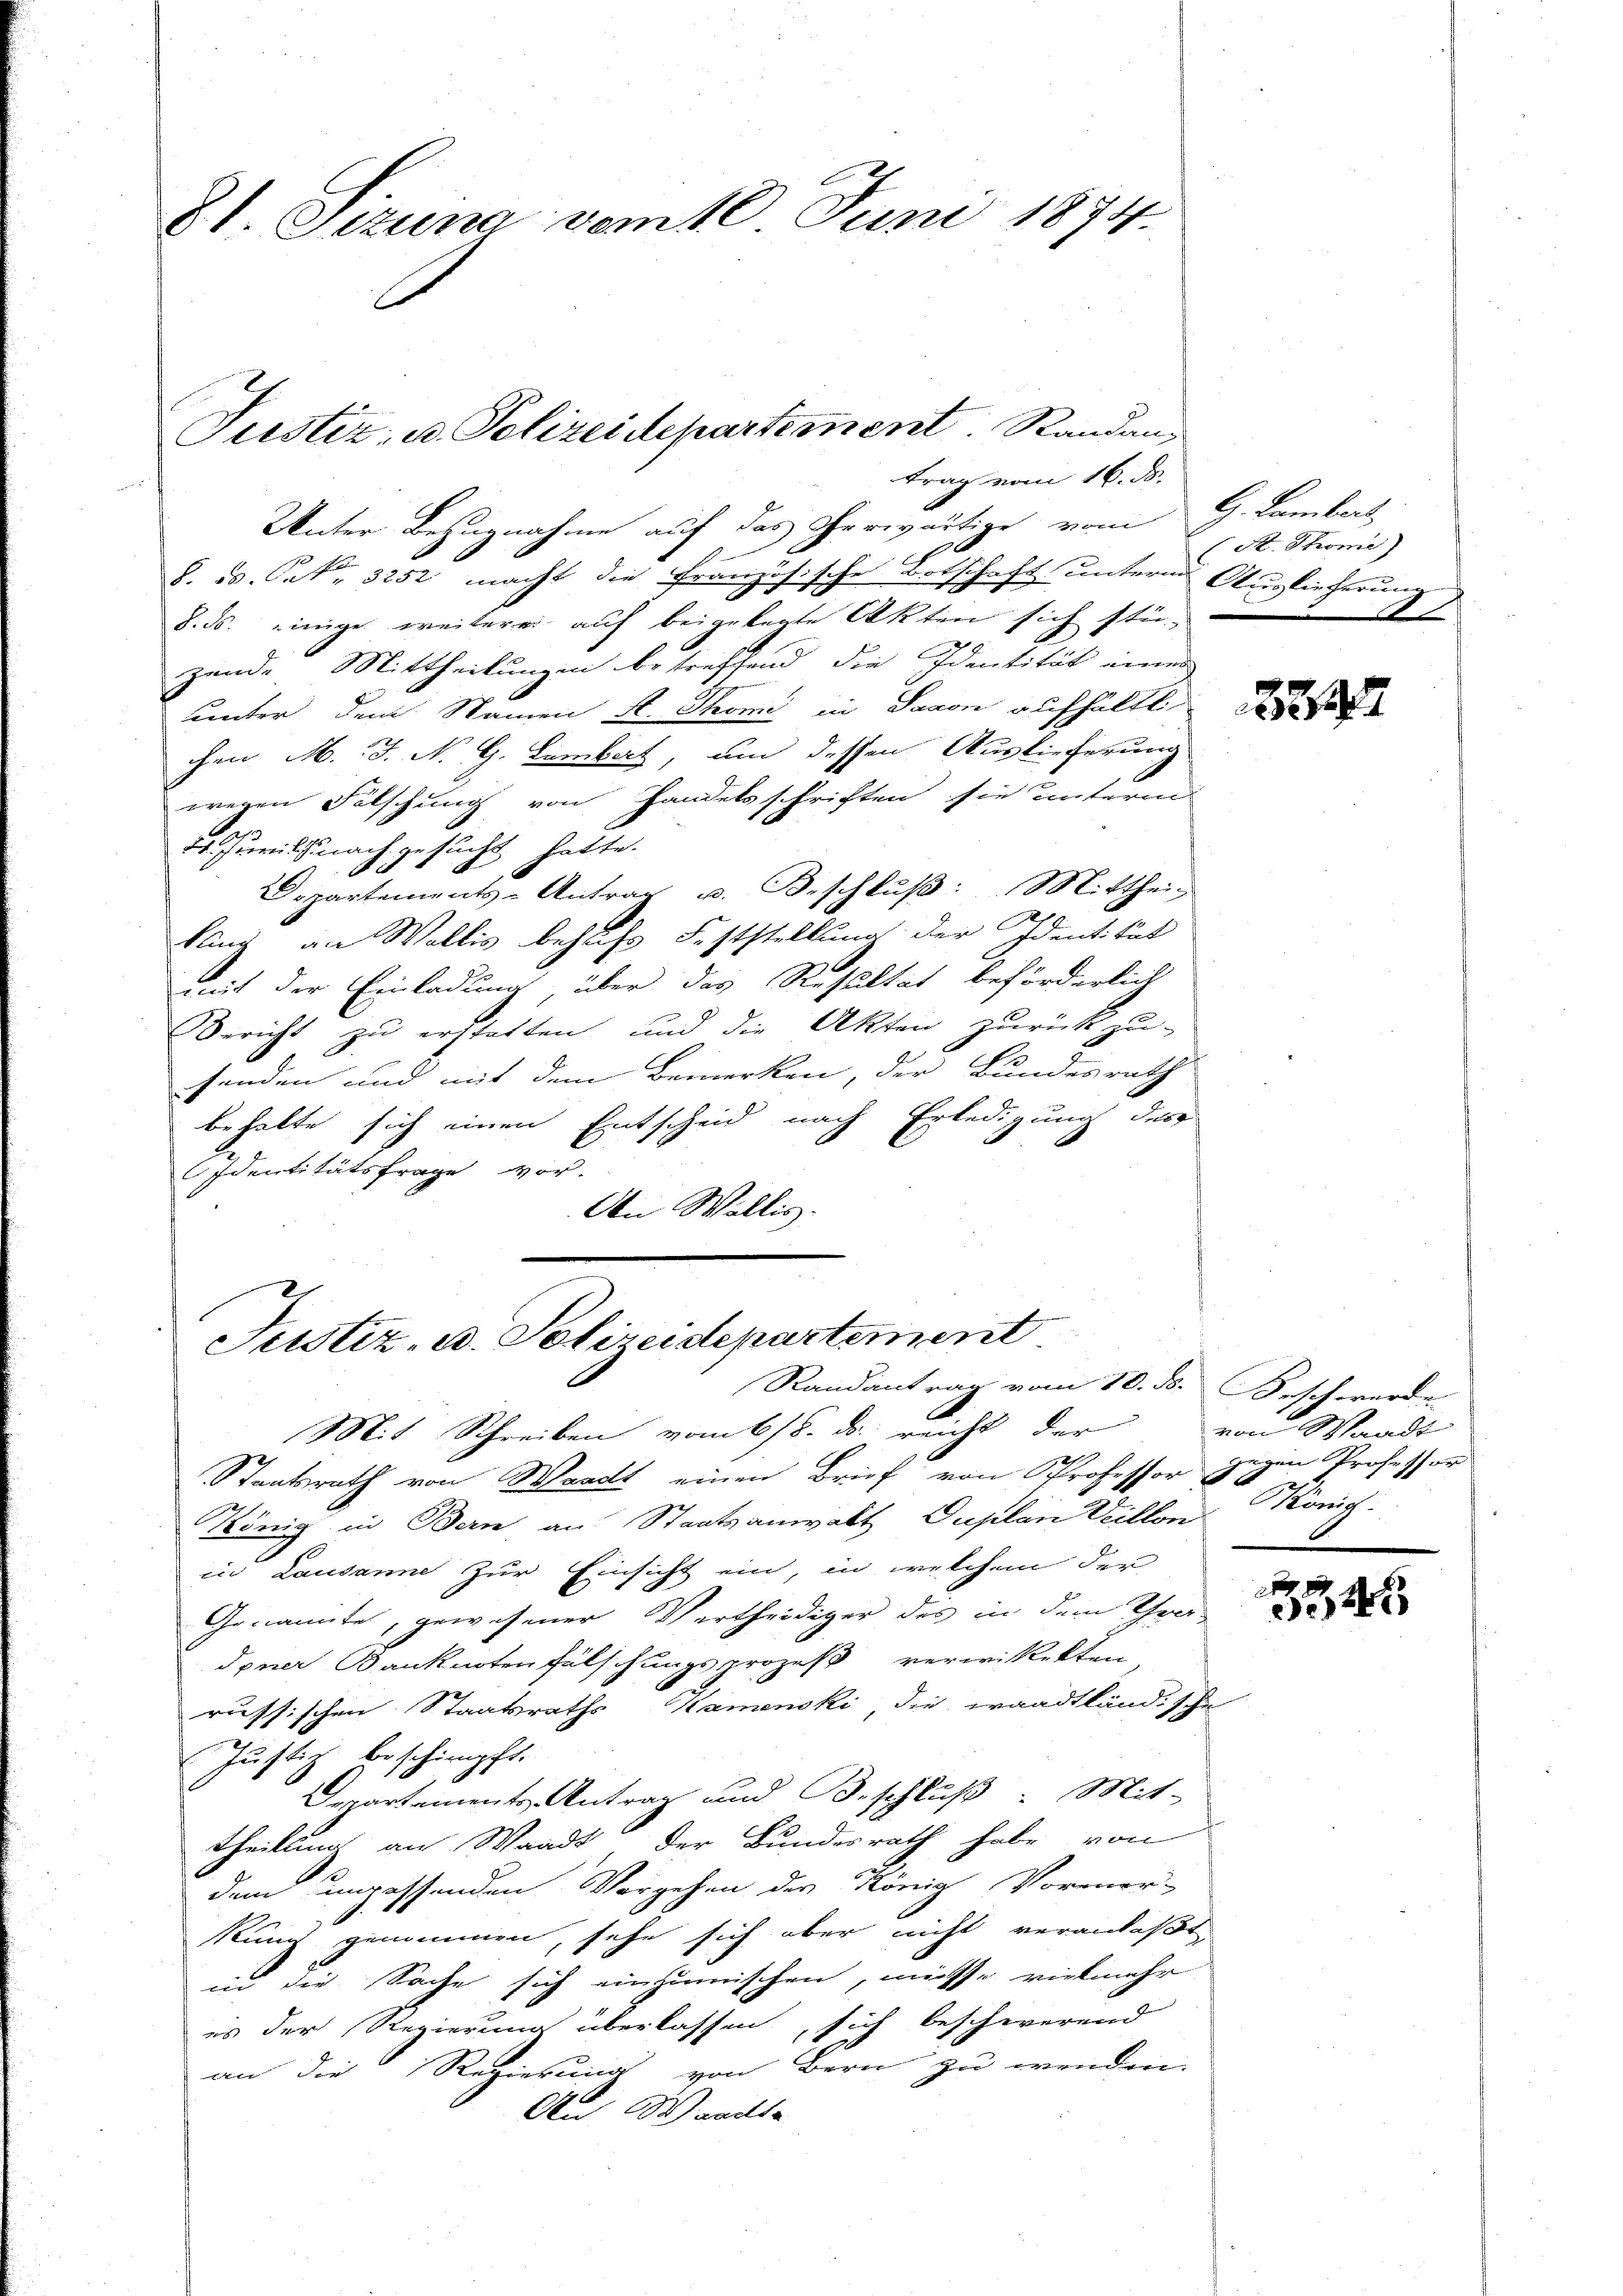
81. Sizina vom 18 Juni 1874.

Unter Bezugnahme auf das erwärtige vom St. Thoni
§. 5. Jak. 3252 macht die französische Botschaft untern Auslieferung
8. ds. einige weiterer auf beigelegte Akten sich stü-
zende Mittheilungen betreffend die Identität einen
unter dem Namen K. Thomi in Saxon aufhältli
chen M. J. N. G. Lembert, um dessen Auslieferung
wegen Fälschung von Handelsschriften sie unterm
4. Juris nach gesucht hatte.
Departements-Antrag u. Beschluß: Mittheil
lang an Wallis behufs Feststellung der Identität
mit der Einladung über das Resultat beförderlich
Bericht zu erstatten, und die Akten zurückzu-
senden und mit dem Bemerken, der Bundesrath
behalte sich einen Entscheid nach Erledigung des
Identitätsfrage vor.
An Wallis.

Justiz- u. Polizeidepartement. Randantrag vom 16. ds.

Justiz, u. Polizeidepartement
Randantrag vom 10. ds. Beschwerde

G. Lambert,
.

Mit Schreiben vom 618. ds. reicht der
Staatsrath von Waadt einen Brief von Professor gegen Professor
König in Bern an Staatsanwalt Duplan Villon König.
in Lausanne zur Einsicht ein, in welchem der
Genannte, gewesener Vertheidiger des in dem Thra-
dener Banknoten Fälschungsprozeß verwitekten
russischen Staatsraths Kamenski, die waadtländische
Justiz beschimpft.
Departements-Antrag und Beschluß. Mit-
theilung an Waadt der Bundesrath habe von
dem unpassenden Vorgehen des König Vormer-
kung genommen, sehe sich aber nicht veranlaßt,
in die Sache sich einzumischen, müsse vielmehr
es der Regierung überlassen, sich beschwerend
an die Regierung von Bern zu wenden.
An Waadt

32

von Waadt

2
e24